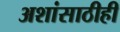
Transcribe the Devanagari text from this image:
अशांसाठीही